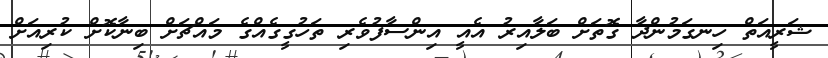
ޝަރީއަތް ހިނގަމުންދާ ގޮތަށް ބަލާއިރު އެއީ އިންސާފުވެރި ތަހުގީގެއްގެ މައްޗަށް ބިނާކޮށް ކުރިއަށް